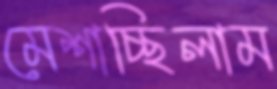
মেশাচ্ছিলাম